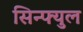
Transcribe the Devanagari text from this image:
सिन्फ्युल